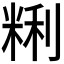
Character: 𰪽